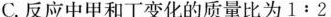
C.反应中甲和丁变化的质量比为1:2